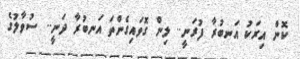
ކޮން އިރަކު އަނބުރާ ފުރަނީ.. ލިން ގޮވައިގެންތަ އަނބުރާ ދަނީ.. ސުވާލުގެ